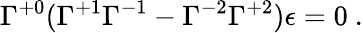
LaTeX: \Gamma^{+0}(\Gamma^{+1}\Gamma^{-1}-\Gamma^{-2}\Gamma^{+2})\epsilon=0~.